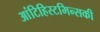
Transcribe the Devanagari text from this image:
आंटिहिस्टमिन्सकी